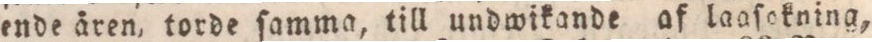
ende åren, torde ſamma, till undwikande af laaſokning,